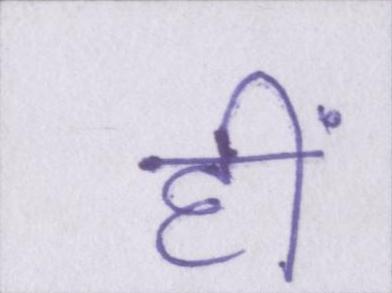
हीं